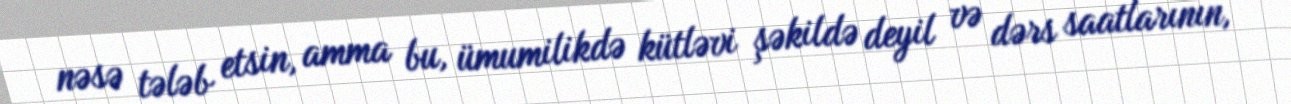
nəsə tələb etsin, amma bu, ümumilikdə kütləvi şəkildə deyil və dərs saatlarının,